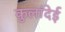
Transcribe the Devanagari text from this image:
कुलांदेई